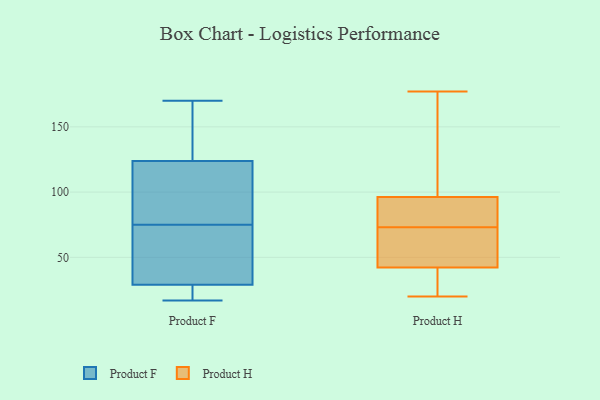
{"axis": {"x": "Satisfaction Score", "y": "Value"}, "legend": ["Product F", "Product H"], "data": [{"x": "", "y": 41, "type": "Product F"}, {"x": "", "y": 17, "type": "Product F"}, {"x": "", "y": 25, "type": "Product F"}, {"x": "", "y": 123, "type": "Product F"}, {"x": "", "y": 93, "type": "Product F"}, {"x": "", "y": 21, "type": "Product F"}, {"x": "", "y": 24, "type": "Product F"}, {"x": "", "y": 132, "type": "Product F"}, {"x": "", "y": 124, "type": "Product F"}, {"x": "", "y": 75, "type": "Product F"}, {"x": "", "y": 88, "type": "Product F"}, {"x": "", "y": 72, "type": "Product F"}, {"x": "", "y": 135, "type": "Product F"}, {"x": "", "y": 170, "type": "Product F"}, {"x": "", "y": 54, "type": "Product F"}, {"x": "", "y": 139, "type": "Product H"}, {"x": "", "y": 84, "type": "Product H"}, {"x": "", "y": 73, "type": "Product H"}, {"x": "", "y": 177, "type": "Product H"}, {"x": "", "y": 88, "type": "Product H"}, {"x": "", "y": 41, "type": "Product H"}, {"x": "", "y": 99, "type": "Product H"}, {"x": "", "y": 37, "type": "Product H"}, {"x": "", "y": 20, "type": "Product H"}, {"x": "", "y": 46, "type": "Product H"}, {"x": "", "y": 55, "type": "Product H"}]}